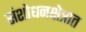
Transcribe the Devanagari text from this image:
संशोधनक्षेत्रात